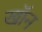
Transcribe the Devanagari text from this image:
खाॅन